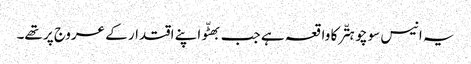
یہ انیس سو چوہتّر کا واقعہ ہے جب بھٹّو اپنے اقتدار کے عروج پر تھے۔